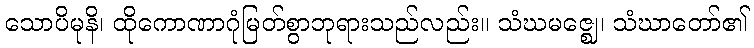
သောပိမုနိ၊ ထိုကောဏာဂုံမြတ်စွာဘုရားသည်လည်း။ သံဃမဇ္ဈေ၊ သံဃာတော်၏